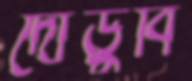
দৌড়ুবি